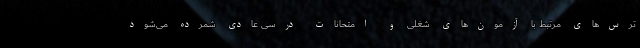
ترس‌های مرتبط با آزمون‌های شغلی و امتحانات درسی عادی شمرده می‌شود